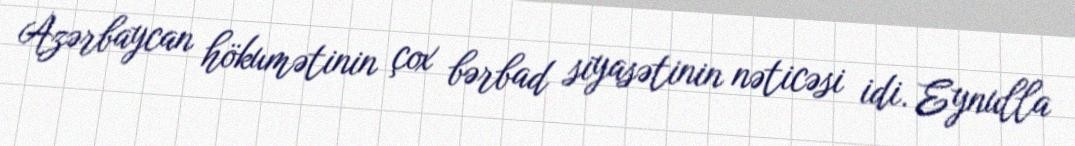
Azərbaycan hökumətinin çox bərbad siyasətinin nəticəsi idi. Eynulla